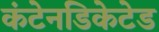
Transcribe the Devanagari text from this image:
कंटेनडिकेटेड